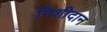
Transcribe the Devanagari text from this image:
निशीदान